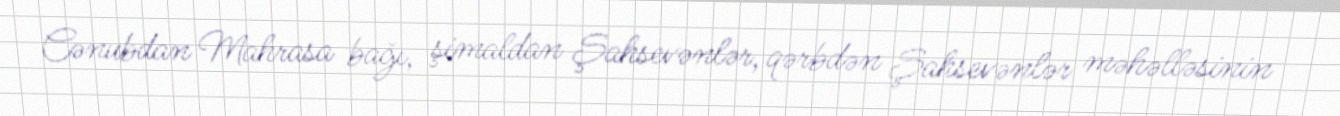
Cənubdan Mahrasa bağı, şimaldan Şahsevənlər, qərbdən Şahsevənlər məhəlləsinin